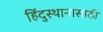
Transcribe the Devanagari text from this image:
हिंदुस्थानासाठी